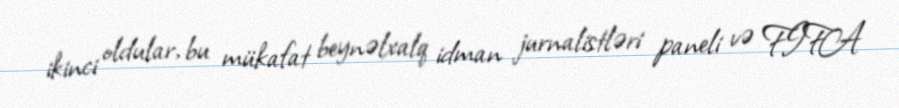
ikinci oldular, bu mükafat beynəlxalq idman jurnalistləri paneli və FIFA